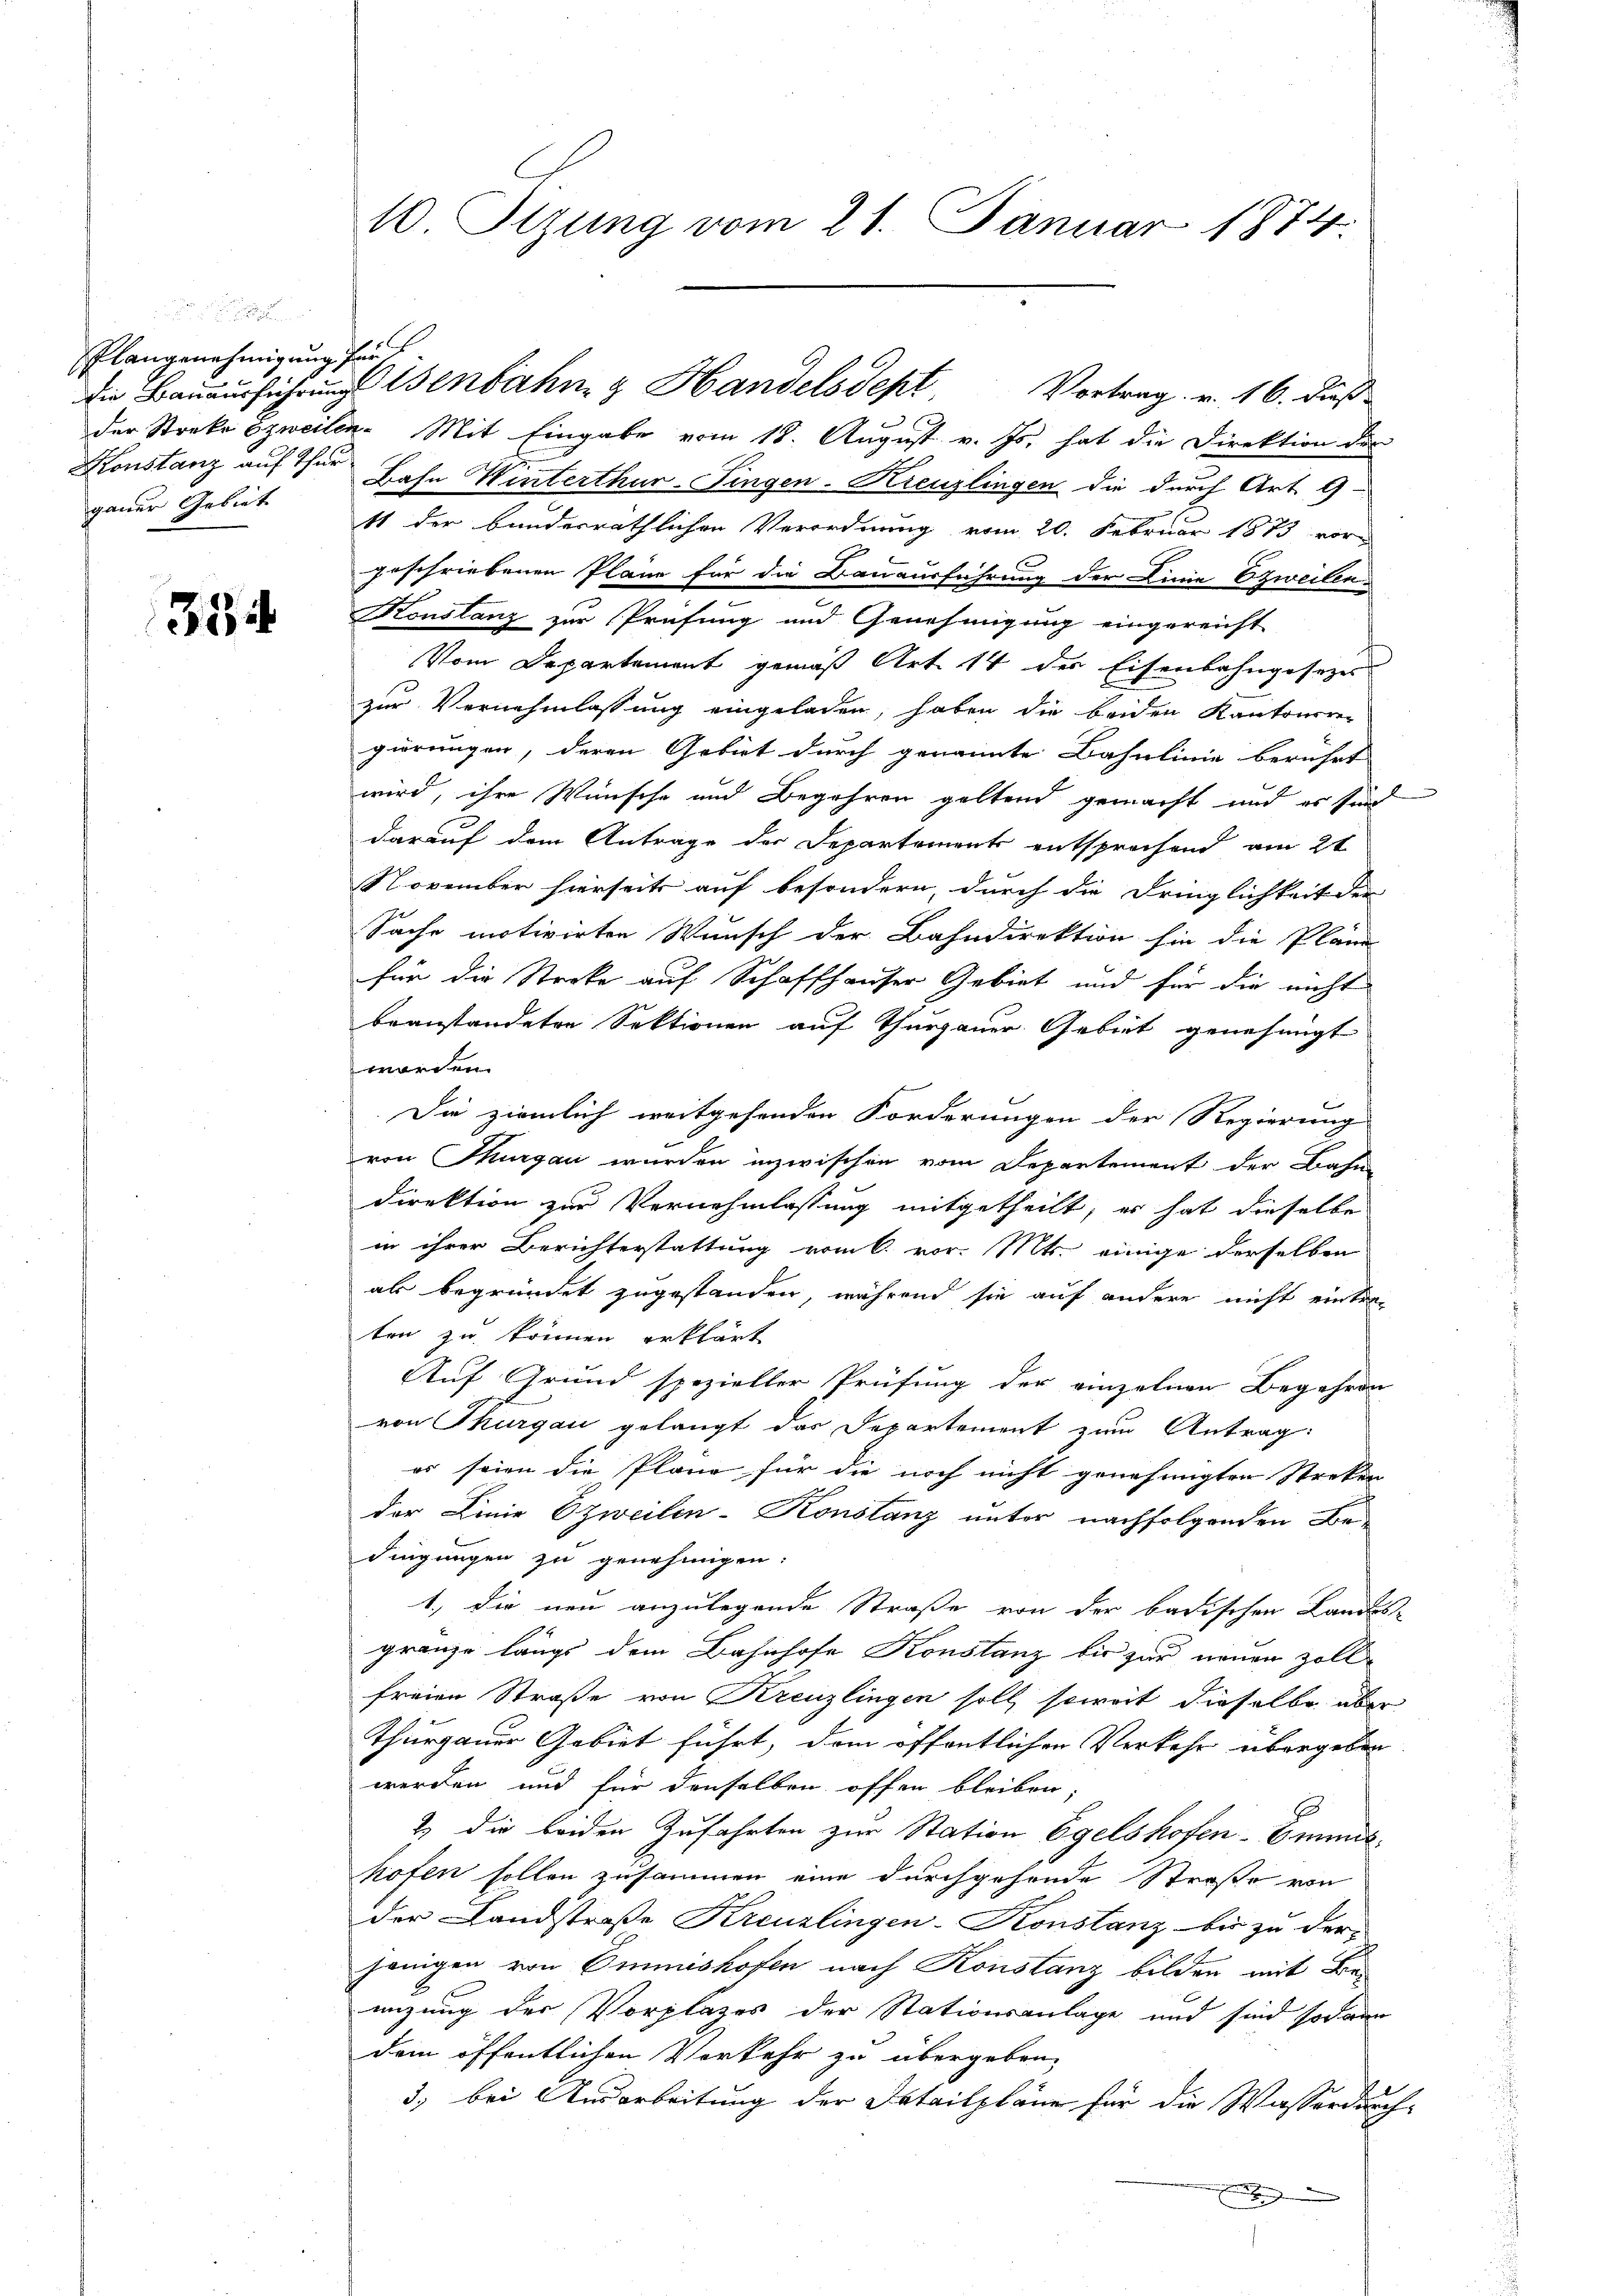
Plangenehmigung für
Konstanz auf Thurgauer Gebiet

354

10. Sizung vom 21. Januar 1874.

Die Bauausführung Wenbahn & Handelsdept Vortrag. v. 16. dieß

der Streke zweilen. Mit Eingabe vom 18. August v. Js. hat die Direktion der
Bahn Winterthur-Fingen-Kreuzlingen die durch Art. 9
11 der bundesräthlichen Verordnung vom 20. Februar 1873 vorgeschriebenen Pläne für die Bauausführung der Linie zweilen
Konstanz zur Prüfung und Genehmigung eingereicht
Vom Departement gemäß Art. 14 der Eisenbahngesezes
zur Vernehmlassung eingeladen, haben die beiden Kantonsrer
gierungen, deren Gebiet durch genannte Bahnlinie berührt
wird, ihre Wünsche und Begehren geltend gemacht und es sind
darauf dem Antrage der Departements entsprochend am 21
November hierseits auf besondern, durch die Dringlichkeit der
Sache motivirten Wunsch der Bahndirektion sie die Pländ
für die Streke auf Schaffhauser Gebiet und für die nicht
beanstandeten Sektionen auf Thurgauer Gebiet genehmigt
worden.
Die ziemlich weitgehenden Forderungen der Regierung
von Thurgau wurden inzwischen vom Departement der Bahn
direktion zur Vernehmlassung mitgetheilt; er hat dieselbe
in ihrer Berichterstattung vom 6. vor. Mts. einige derselben
als begründet zugestanden, während sie auf andere nicht eintraten zu können erklärt
Auf Grund spezieller Prüfung der einzelnen Begehren
von Thurgau gelangt das Departement zum Antrag:
es seien die Pläne für die noch nicht genehmigten Streken
der Linie zweilen-Konstanz unter nachfolgenden Bedingungen zu genehmigen.
1. die neu anzulegende Straße von der badischen Landes-
gränze längs dem Bahnhofe Konstanz bis zur neuen Zoll
freien Straße von Kreuzlingen soll, soweit dieselbe aber
thurgauer Gebiet führt, dem öffentlichen Verkehr übergeben
werden und für denselben offen bleiben;
E
2) die beiden Zufahrten zur Station Egelshofen munt
hofen sollen zusammen eine durchgehende Straße von
der Landstraße Kreuzlingen-Konstanz bis zu der
jenigen von Ommnishofen nach Konstanz bilden mit Beeizung der Vorplatzes der Stationsanlage und sind sodann
dem öffentlichen Verkehr zu übergeben,
.
3.) bei Ausarbeitung der Detailpläne für die Wasserdurch-